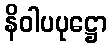
နိဝါပပုဋ္ဌော